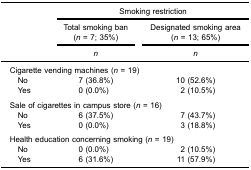
<table><thead><tr><td><b> </b></td><td colspan="2"><b>Smoking restriction</b></td></tr><tr><td><b> </b></td><td><b>Total smoking ban(<i>n</i> = 7; 35%)</b></td><td><b>Designated smoking area(<i>n</i> = 13; 65%)</b></td></tr><tr><td><b> </b></td><td><b><i>n</i></b></td><td><b><i>n</i></b></td></tr></thead><tbody><tr><td colspan="3">Cigarette vending machines (<i>n</i> = 19)</td></tr><tr><td> No</td><td>7 (36.8%)</td><td>10 (52.6%)</td></tr><tr><td> Yes</td><td>0 (0.0%)</td><td>2 (10.5%)</td></tr><tr><td colspan="3"> </td></tr><tr><td colspan="3">Sale of cigarettes in campus store (<i>n</i> = 16)</td></tr><tr><td> No</td><td>6 (37.5%)</td><td>7 (43.7%)</td></tr><tr><td> Yes</td><td>0 (0.0%)</td><td>3 (18.8%)</td></tr><tr><td colspan="3"> </td></tr><tr><td colspan="3">Health education concerning smoking (<i>n</i> = 19)</td></tr><tr><td> No</td><td>0 (0.0%)</td><td>2 (10.5%)</td></tr><tr><td> Yes</td><td>6 (31.6%)</td><td>11 (57.9%)</td></tr></tbody></table>